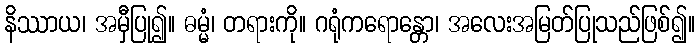
နိဿာယ၊ အမှီပြု၍။ ဓမ္မံ၊ တရားကို။ ဂရုံကရောန္တော၊ အလေးအမြတ်ပြုသည်ဖြစ်၍။